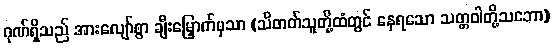
ဂုဏ်ရှိသည် အားလျော်စွာ ချီးမြှောက်မှသာ (သိတတ်သူတို့ထံတွင် နေရသော သတ္တဝါတို့သဘော)